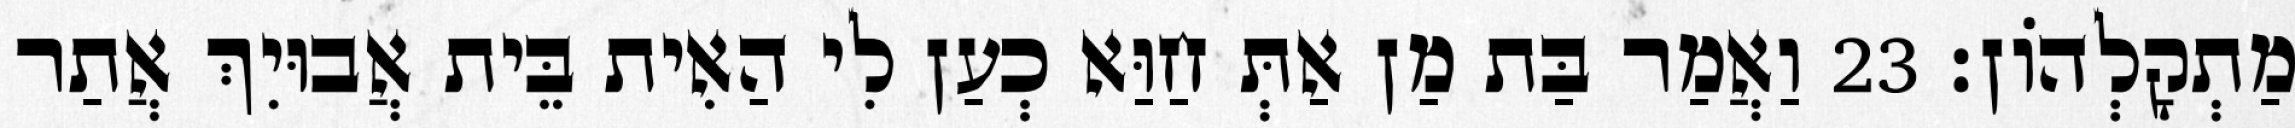
מַתְקָלְהוֹן׃ 23 וַאֲמַר בַּת מַן אַתְּ חַוַּא כְעַן לִי הַאִית בֵּית אֲבוּיִךְ אֲתַר